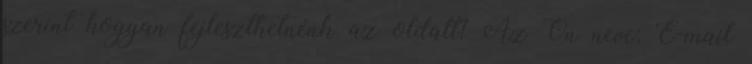
szerint hogyan fejleszthetnénk az oldalt? Az Ön neve: E-mail